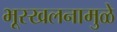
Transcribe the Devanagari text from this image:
भूस्खलनामुळे